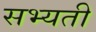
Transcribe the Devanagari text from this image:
सभ्यती